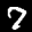
Label: 7